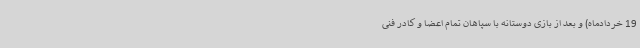
19 خردادماه) و بعد از بازی دوستانه با سپاهان تمام اعضا و کادر فنی